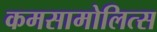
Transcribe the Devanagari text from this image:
कमसामोलित्स